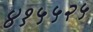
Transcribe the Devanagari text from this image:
४१५५२५